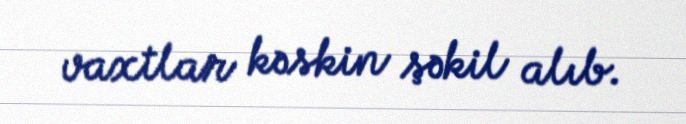
vaxtlar kəskin şəkil alıb.